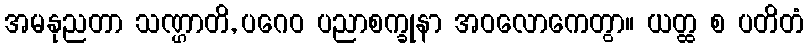
အမနုညတာ သဏ္ဌာတိ, ပဂေဝ ပညာစက္ခုနာ အဝလောကေတွာ။ ယတ္ထ စ ပတိတံ